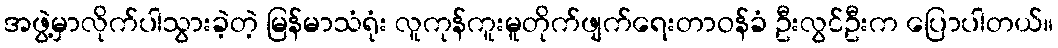
အဖွဲ့မှာလိုက်ပါသွားခဲ့တဲ့ မြန်မာသံရုံး လူကုန်ကူးမူတိုက်ဖျက်ရေးတာဝန်ခံ ဦးလွင်ဦးက ပြောပါတယ်။